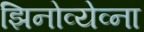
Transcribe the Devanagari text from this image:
झिनोव्येव्ना